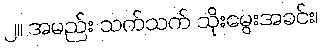
၂။ အမည်း သက်သက် သိုးမွေးအခင်း၊